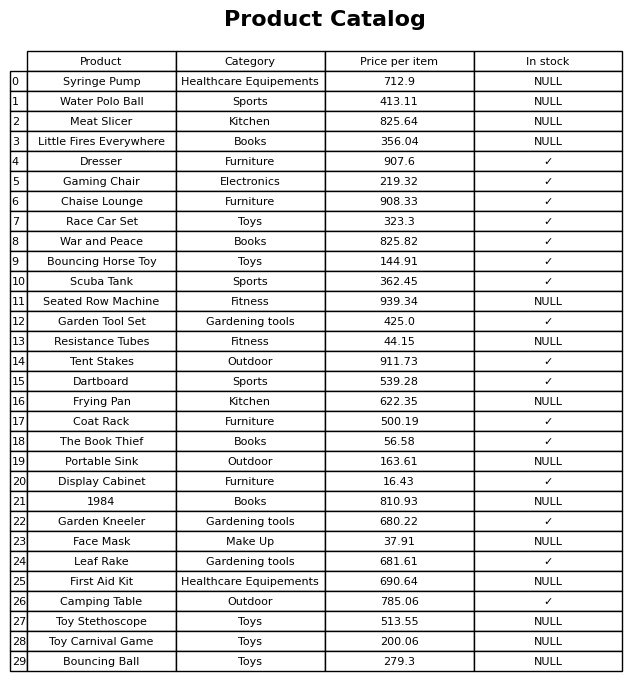
question: What is the price for Face Mask?
answer: The price of Face Mask is 37.91.